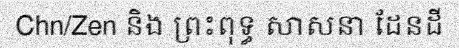
Chn/Zen និង ព្រះពុទ្ធ សាសនា ដែនដី